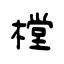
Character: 樘